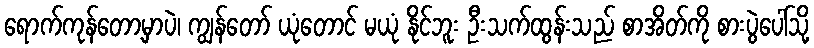
ရောက်ကုန်တော့မှာပဲ၊ ကျွန်တော် ယုံတောင် မယုံ နိုင်ဘူး ဦးသက်ထွန်းသည် စာအိတ်ကို စားပွဲပေါ်သို့